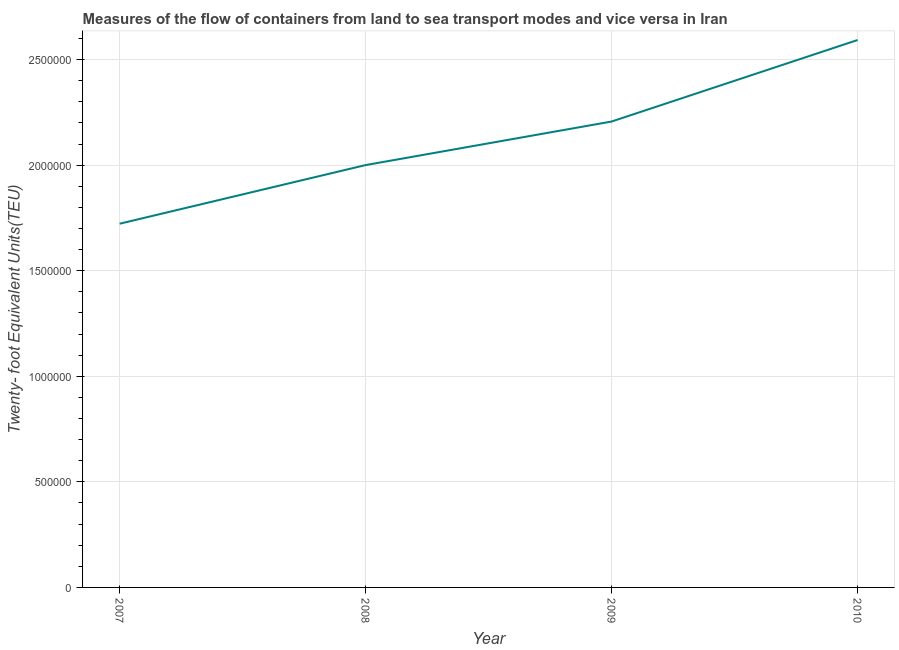
| Year | Container port traffic |
 | --- | --- |
 | 2007 | 1.72e+06 |
 | 2008 | 2e+06 |
 | 2009 | 2.21e+06 |
 | 2010 | 2.59e+06 |